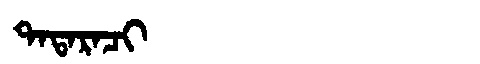
Manchu: ᡨᠠᡨᠠᡵᠠᠴᡳ
Romanization: TATARACI